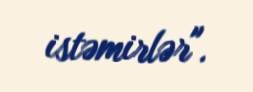
istəmirlər".